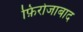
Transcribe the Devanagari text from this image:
फ़िरोजाबाद